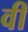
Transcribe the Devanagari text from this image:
वीं